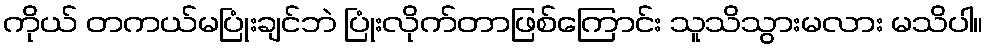
ကိုယ် တကယ်မပြုံးချင်ဘဲ ပြုံးလိုက်တာဖြစ်ကြောင်း သူသိသွားမလား မသိပါ။